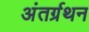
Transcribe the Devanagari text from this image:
अंतर्ग्रथन